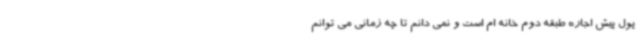
پول پیش اجاره طبقه دوم خانه ام است و نمی دانم تا چه زمانی می توانم